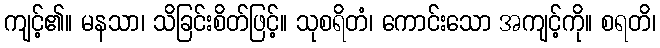
ကျင့်၏။ မနသာ၊ သိခြင်းစိတ်ဖြင့်။ သုစရိတံ၊ ကောင်းသော အကျင့်ကို။ စရတိ၊